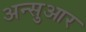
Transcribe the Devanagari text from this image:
अन्सुआर